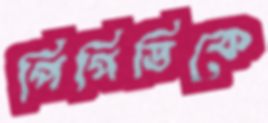
পিপিডিকে